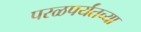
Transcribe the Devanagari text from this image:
परळपर्यंतच्या